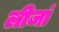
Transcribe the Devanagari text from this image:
लीजां